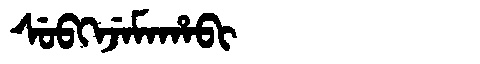
Manchu: ᠰᡠᠪᡴᡝᠵᡝᠮᠠᡥᠠᠪᡳ
Romanization: SUBKEJEMAHABI